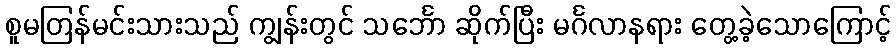
စူမတြန်မင်းသားသည် ကျွန်းတွင် သင်္ဘော ဆိုက်ပြီး မင်္ဂလာနရား တွေ့ခဲ့သောကြောင့်